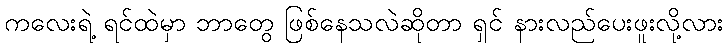
ကလေးရဲ့ ရင်ထဲမှာ ဘာတွေ ဖြစ်နေသလဲဆိုတာ ရှင် နားလည်ပေးဖူးလို့လား